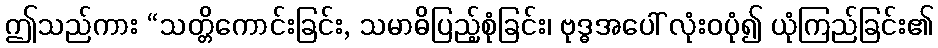
ဤသည်ကား “သတ္တိကောင်းခြင်း, သမာဓိပြည့်စုံခြင်း၊ ဗုဒ္ဓအပေါ် လုံးဝပုံ၍ ယုံကြည်ခြင်း၏